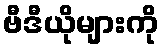
ဗီဒီယိုများကို